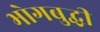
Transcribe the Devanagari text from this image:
भोगबुद्धी